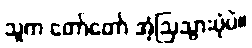
သူက တော်တော် အံ့ဩသွားပုံပဲ။